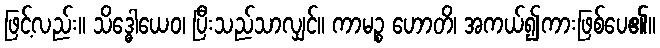
ဖြင့်လည်း။ သိဒ္ဓေါယေဝ၊ ပြီးသည်သာလျှင်။ ကာမဉ္စ ဟောတိ၊ အကယ်၍ကားဖြစ်ပေ၏။